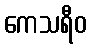
ကေသရီဝ